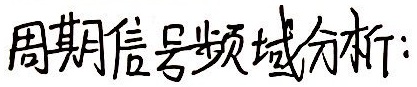
周期信号频域分析: